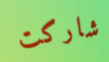
شاركت